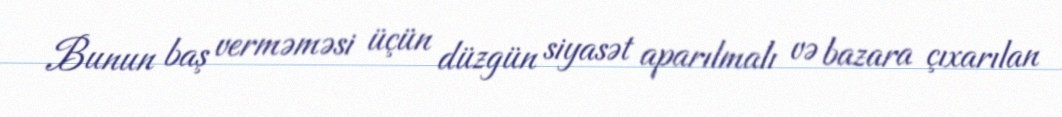
Bunun baş verməməsi üçün düzgün siyasət aparılmalı və bazara çıxarılan